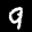
Digit: 9